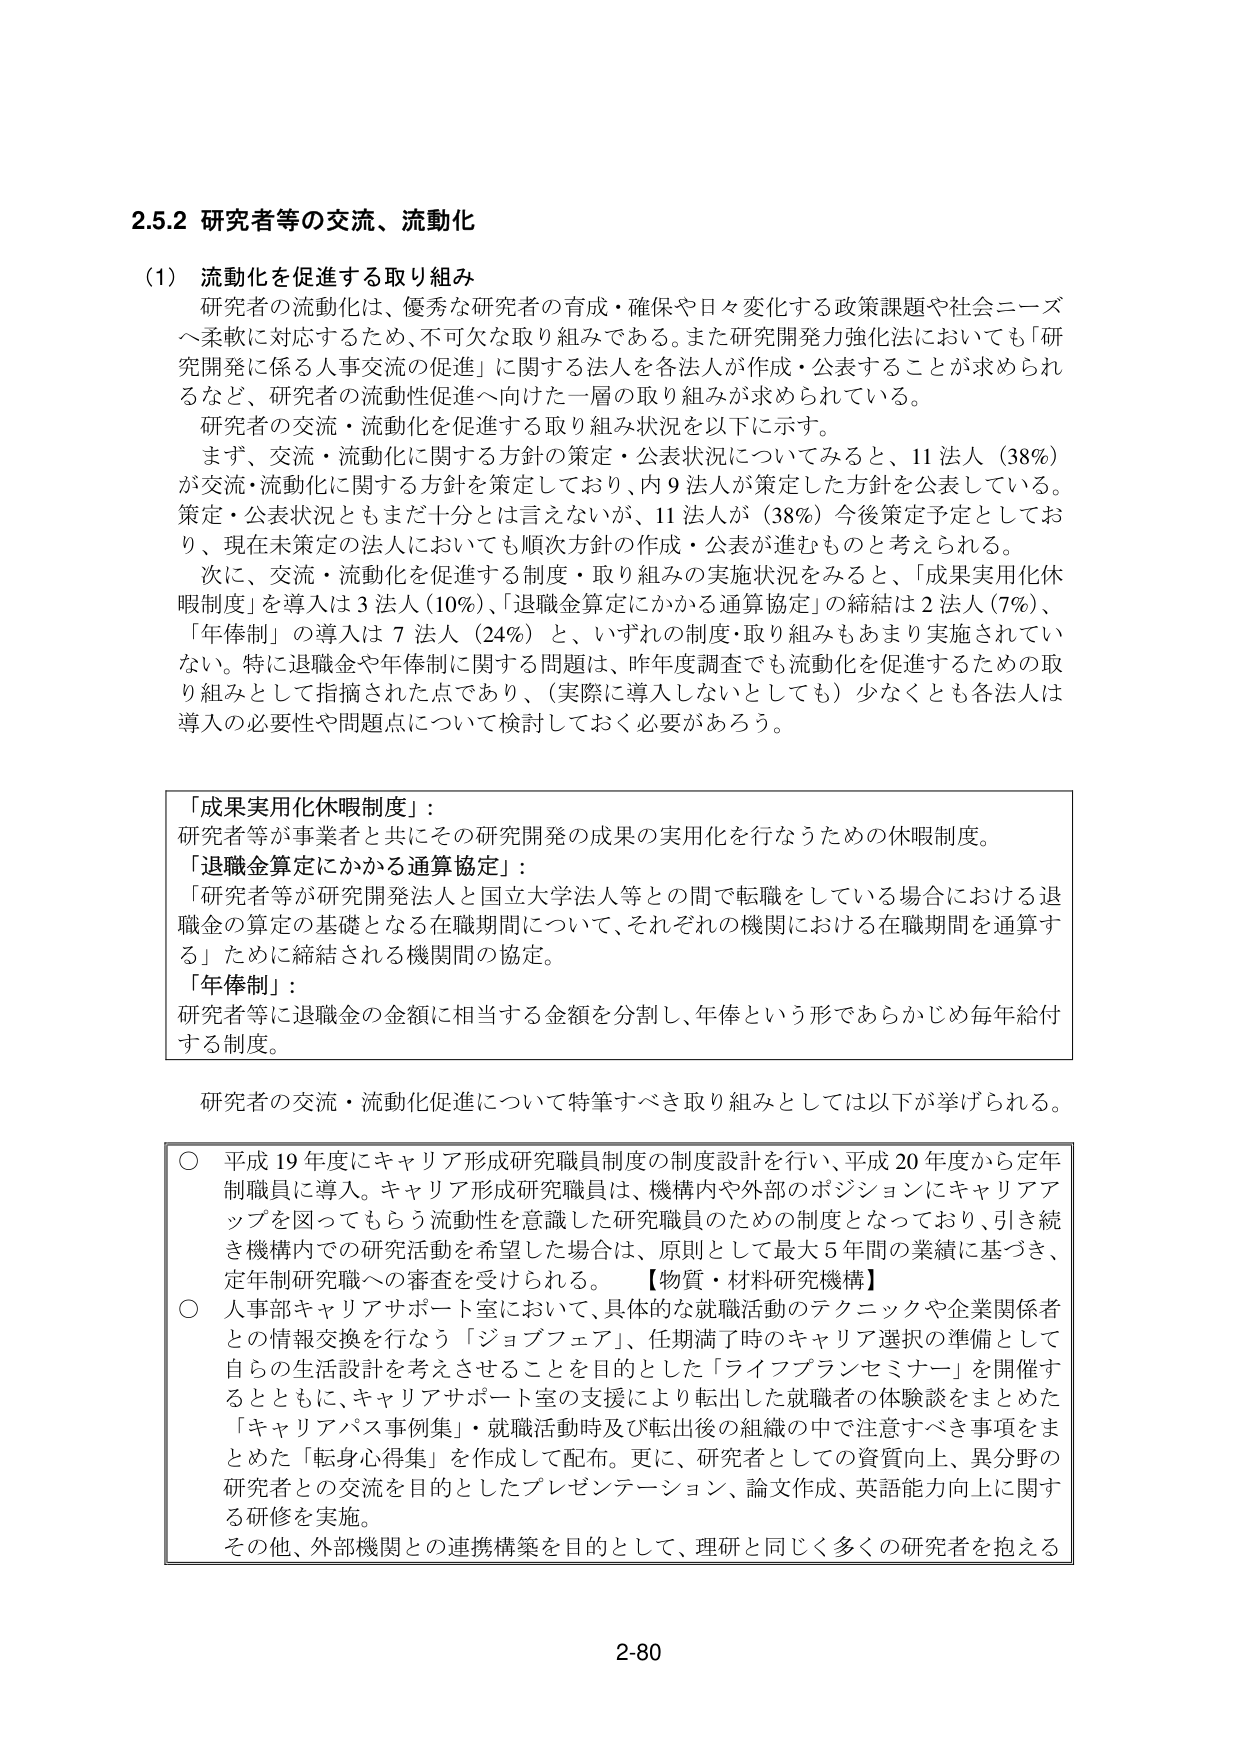
2.5.2 研究者等の交流、流動化

(1) 流動化を促進する取り組み
研究者の流動化は、優秀な研究者の育成・確保や日々変化する政策課題や社会ニーズへ柔軟に対応するため、不可欠な取り組みである。また研究開発力強化法においても「研究開発に係る人事交流の促進」に関する法人を各法人が作成・公表することが求められるなど、研究者の流動性促進へ向けた一層の取り組みが求められている。
研究者の交流・流動化を促進する取り組み状況を以下に示す。
まず、交流・流動化に関する方針の策定・公表状況についてみると、11法人（38%）が交流・流動化に関する方針を策定しており、内9法人が策定した方針を公表している。策定・公表状況ともまだ十分とは言えないが、11法人が（38%）今後策定予定としており、現在未策定の法人においても順次方針の作成・公表が進むものと考えられる。
次に、交流・流動化を促進する制度・取り組みの実施状況をみると、「成果実用化休暇制度」を導入は3法人（10%）、「退職金算定にかかる通算協定」の締結は2法人（7%）、「年俸制」の導入は7法人（24%）と、いずれの制度・取り組みもあまり実施されていない。特に退職金や年俸制に関する問題は、昨年度調査でも流動化を促進するための取り組みとして指摘された点であり、（実際に導入しないとしても）少なくとも各法人は導入の必要性や問題点について検討しておく必要があろう。

「成果実用化休暇制度」：
研究者等が事業者と共にその研究開発の成果の実用化を行なうための休暇制度。
「退職金算定にかかる通算協定」：
「研究者等が研究開発法人と国立大学法人等との間で転職をしている場合における退職金の算定の基礎となる在職期間について、それぞれの機関における在職期間を通算する」ために締結される機関間の協定。
「年俸制」：
研究者等に退職金の金額に相当する金額を分割し、年俸という形であらかじめ毎年給付する制度。

研究者の交流・流動化促進について特筆すべき取り組みとしては以下が挙げられる。

○ 平成19年度にキャリア形成研究職員制度の制度設計を行い、平成20年度から定年制職員に導入。キャリア形成研究職員は、機構内や外部のポジションにキャリアアップを図ってもらう流動性を意識した研究職員のための制度となっており、引き続き機構内での研究活動を希望した場合は、原則として最大5年間の業績に基づき、定年制研究職への審査を受けられる。【物質・材料研究機構】
○ 人事部キャリアサポート室において、具体的な就職活動のテクニックや企業関係者との情報交換を行なう「ジョブフェア」、任期満了時のキャリア選択の準備として自らの生涯設計を考えさせる事を目的とした「ライフプランセミナー」を開催するとともに、キャリアサポート室の支援により転出した就職者の体験談をまとめた「キャリアパス事例集」・就職活動時及び転出後の組織の中で注意すべき事項をまとめた「転身心得集」を作成して配布。更に、研究者としての資質向上、異分野の研究者との交流を目的としたプレゼンテーション、論文作成、英語能力向上に関する研修を実施。
その他、外部機関との連携構築を目的として、理研と同じく多くの研究者を抱える

2-80